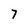
Character: 7